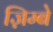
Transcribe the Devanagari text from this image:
ज़िम्बे